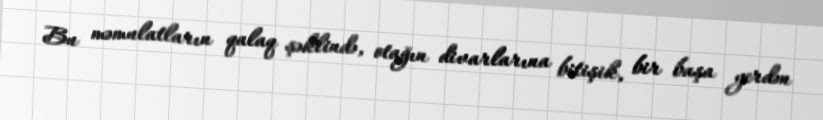
Bu məmulatların qalaq şəklində, otağın divarlarına bitişik, bir başa yerdən